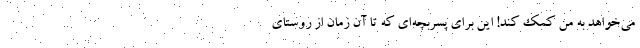
می‌خواهد به من کمک کند! این برای پسربچه‌ای که تا آن زمان از روستای